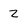
Character: Z